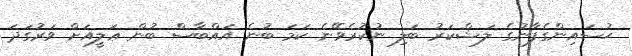
ޙުސައިންގެފާނުގެ ލަޝްކަރު ބަލި ނުކުރެވޭނެ ކަމަ ބުނެ އައްބާސް ބުން ޢަލީއަށް ވަރުގަދަ